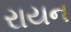
રાયન